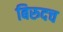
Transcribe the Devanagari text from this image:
बिरुदच